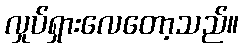
လှုပ်ရှားလေတော့သည်။